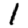
Digit: 1